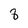
Character: 8